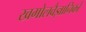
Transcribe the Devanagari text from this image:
खगोलवैज्ञानिकों